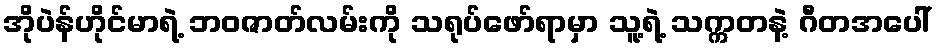
အိုပဲန်ဟိုင်မာရဲ့ ဘဝဇာတ်လမ်းကို သရုပ်ဖော်ရာမှာ သူ့ရဲ့ သက္ကတနဲ့ ဂီတအပေါ်